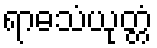
ရာဓသံယုတ္တံ